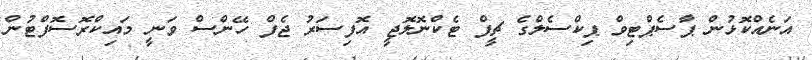
އަނެއްކޮޅުން ޕާސެޕްޓިވް ޕިކްސެލްގެ ޗީފް ޓެކްނޮލޮޖީ އޮފިސަރު ޖެފް ހޭންސް ވަނީ މައިކްރޮސޮފްޓުން